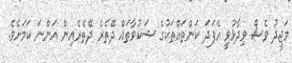
މަޖީދު ވެސް ވިދާޅުވީ އެފަދަ ކަންތައްތަކުގެ ޝަކުވާތައް ދޭތެރެ ދޭތެރެއިން އަންނަ ކަމަށެވެ.